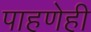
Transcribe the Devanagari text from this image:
पाहणेही